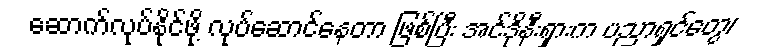
ဆောက်လုပ်နိုင်ဖို့ လုပ်ဆောင်နေတာ ဖြစ်ပြီး အင်ဒိုနီးရှားက ပညာရှင်တွေ၊